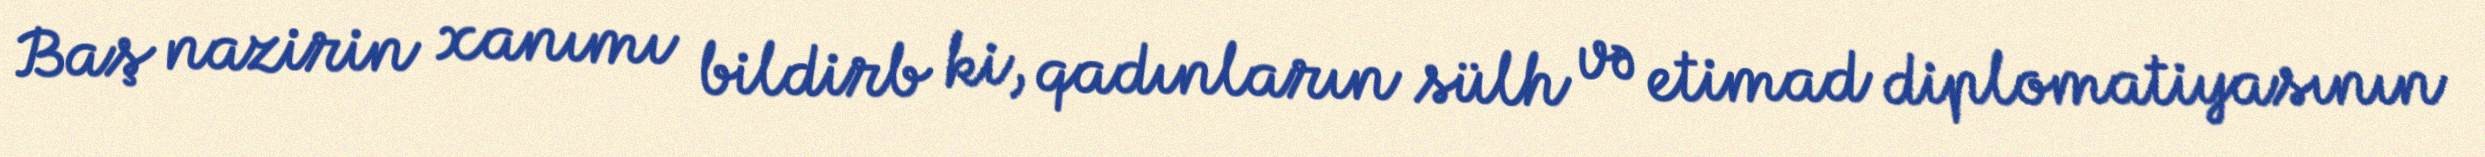
Baş nazirin xanımı bildirb ki, qadınların sülh və etimad diplomatiyasının